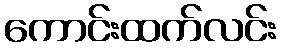
ကောင်းထက်လင်း